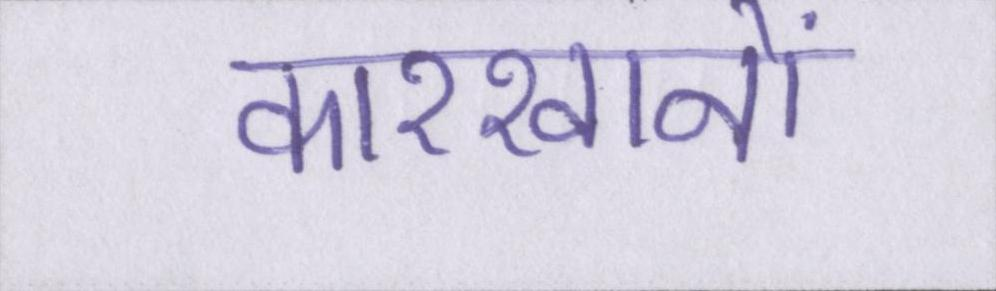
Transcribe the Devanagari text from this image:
कारखानों